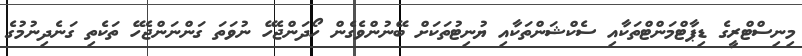
މިނިސްޓްރީގެ ޑިޕާޓްމަންޓްތަކާއި ސެކްޝަންތަކާއި ޔުނިޓުތަކަށް ބޭނުންވެގެން ހޯދަންޖެހޭ ނުވަތަ ގަންނަންޖެހޭ ތަކެތި ގަނެދިނުމުގެ